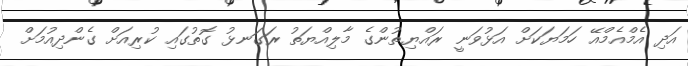
އަދި އެމްއެމްއޭ ހަމަޔަކަށް އަޅުވަނީ ރައްޔިތުންގެ މާލިއްޔަތު ރަގަނޅު ގޮތުގައި ކުރިއަށް ގެންދިއުމަށް